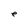
Character: e